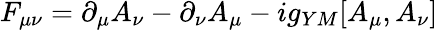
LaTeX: F_{\mu\nu}=\partial_{\mu}A_{\nu}-\partial_{\nu}A_{\mu}-ig_{YM}[A_{\mu},A_{\nu}]